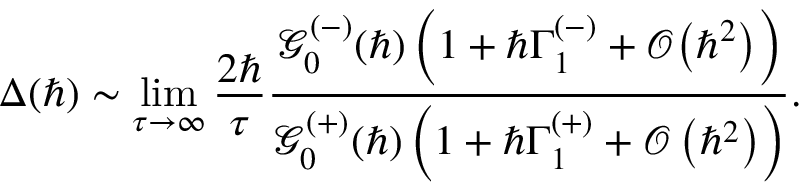
\Delta ( \hbar ) \sim \operatorname* { l i m } _ { \tau \to \infty } \frac { 2 \hbar } { \tau } \frac { \mathcal { G } _ { 0 } ^ { ( - ) } ( \hbar ) \left( 1 + \hbar \Gamma _ { 1 } ^ { ( - ) } + \mathcal { O } \big ( \hbar ^ { 2 } \big ) \right) } { \mathcal { G } _ { 0 } ^ { ( + ) } ( \hbar ) \left( 1 + \hbar \Gamma _ { 1 } ^ { ( + ) } + \mathcal { O } \left( \hbar ^ { 2 } \right) \right) } .